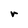
Character: r